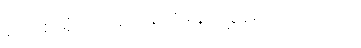
ဒေါ်စောရုံက မနှင်းမြူကို ရည်ညွှန်း၍ ပြောသည်။